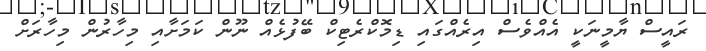
ރައީސް ޔާމީނަކީ އެއްވެސް އިރެއްގައި ޑިމޮކްރެޓިކް ބޭފުޅެއް ނޫން ކަމަށާއި މިހާރުން މިހާރަށް